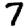
Digit: 7